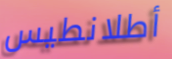
أطلانطيس